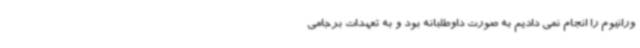
ورانیوم را انجام نمی دادیم به صورت داوطلبانه بود و به تعهدات برجامی